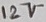
Text: 12V